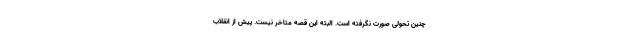
چنین تحولی صورت نگرفته است. البته این قصه متاخر نیست. پیش از انقلاب